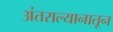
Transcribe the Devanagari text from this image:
अंतराल्यानातून